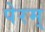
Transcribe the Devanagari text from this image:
पेरम्